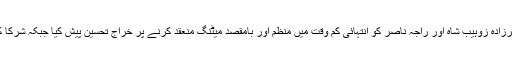
آخر میں انہوں نے پیرزادہ زوہیب شاہ اور راجہ ناصر کو انتہائی کم وقت میں منظم اور بامقصد میٹنگ منعقد کرنے پر خراج تحسین پیش کیا جبکہ شرکا کا بھی شکریہ ادا کیا۔